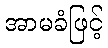
အာမခံဖြင့်